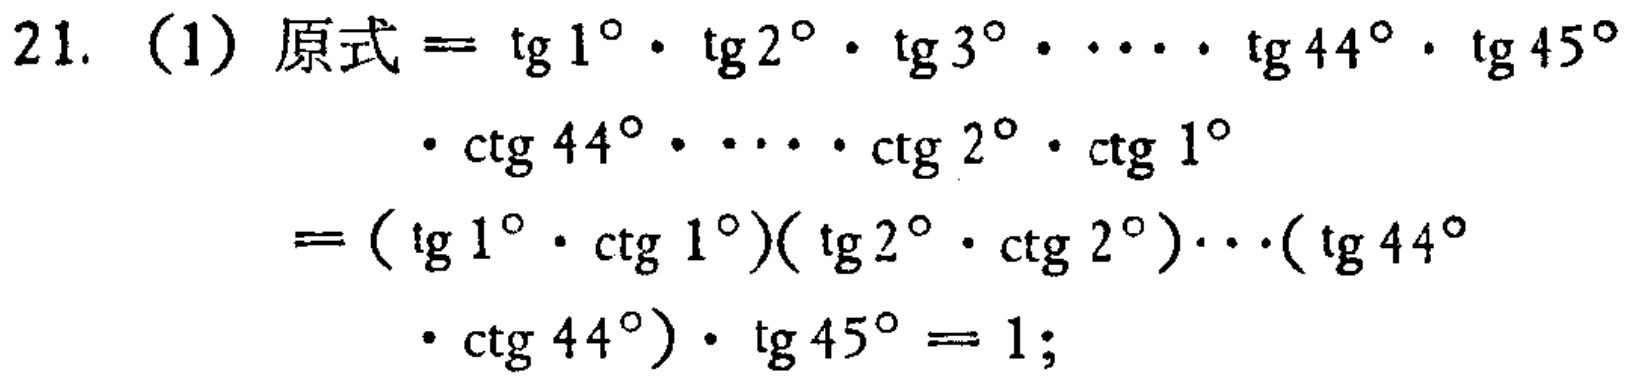
21. (1) 原式$=\mathrm{tg}1^{\circ}\cdot\mathrm{tg}2^{\circ}\cdot\mathrm{tg}3^{\circ}\cdots\cdot\mathrm{tg}44^{\circ}\cdot\mathrm{tg}45^{\circ}\cdot\mathrm{ctg}44^{\circ}\cdots\cdot\mathrm{ctg}2^{\circ}\cdot\mathrm{ctg}1^{\circ}=(\mathrm{tg}1^{\circ}\cdot\mathrm{ctg}1^{\circ})(\mathrm{tg}2^{\circ}\cdot\mathrm{ctg}2^{\circ})\cdots(\mathrm{tg}44^{\circ}\cdot\mathrm{ctg}44^{\circ})\cdot\mathrm{tg}45^{\circ}=1;$